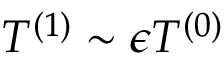
T ^ { ( 1 ) } \sim \epsilon T ^ { ( 0 ) }